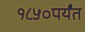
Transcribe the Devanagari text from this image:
१८५०पर्यंत